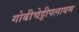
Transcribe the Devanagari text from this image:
गोबीचेट्टीपलायम